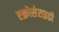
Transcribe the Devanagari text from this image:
एक्रोसेराइडी